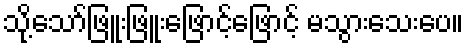
သို့သော်ဖြူးဖြူးဖြောင့်ဖြောင့် မသွားသေးပေ။